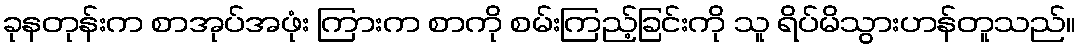
ခုနတုန်းက စာအုပ်အဖုံး ကြားက စာကို စမ်းကြည့်ခြင်းကို သူ ရိပ်မိသွားဟန်တူသည်။